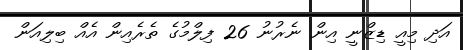
އަދި މިއީ ޑިޒްނީ އިން ނެރުނު 26 ފިލްމުގެ ތެރެއިން އެއް ބިލިއަން